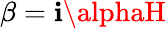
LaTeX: \beta=\mathbf{i}\alphaH